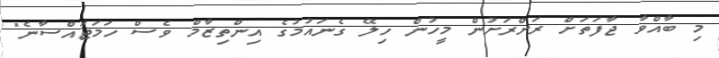
މި ބާއްވާ ޖާފަތަށް ރަށްރަށުން މީހުން ހިލޭ ގެނައުމުގެ އިންތިޒާމް ވެސް ހަމަޖައްސާނެ"